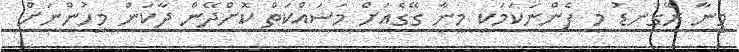
މީނާ ރޭގަނޑު މި ފެންނަކަމަކީ މީނާ ގޭގެއަށް މަސައްކަތް ކޮށްދޭން ދާކަން މީހުންނަށް